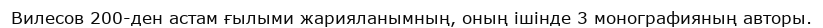
Вилесов 200-ден астам ғылыми жарияланымның, оның ішінде 3 монографияның авторы.